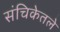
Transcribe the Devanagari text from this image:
संचिकेतले